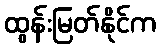
ထွန်းမြတ်နိုင်က